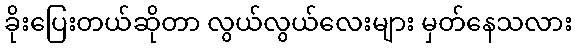
ခိုးပြေးတယ်ဆိုတာ လွယ်လွယ်လေးများ မှတ်နေသလား